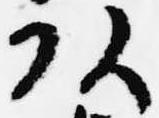
頭